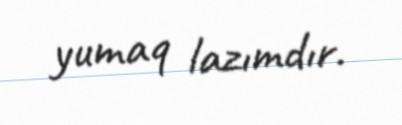
yumaq lazımdır.